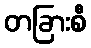
တခြားစီ